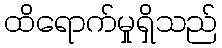
ထိရောက်မှုရှိသည်